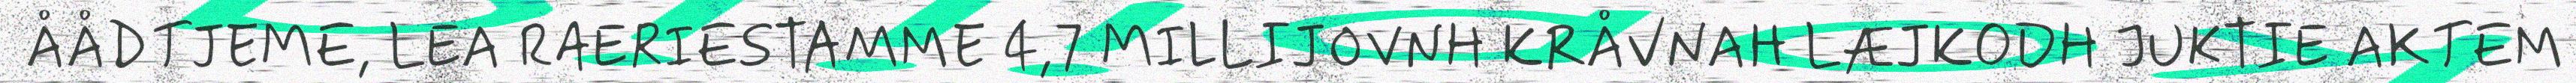
ÅÅDTJEME, LEA RAERIESTAMME 4,7 MILLIJOVNH KRÅVNAH LÆJKODH JUKTIE AKTEM